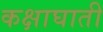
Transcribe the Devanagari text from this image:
कक्षाघाती